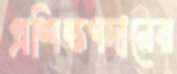
প্রশিক্ষণদানের